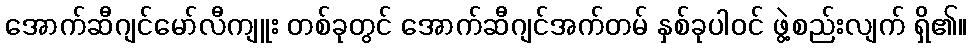
အောက်ဆီဂျင်မော်လီကျူး တစ်ခုတွင် အောက်ဆီဂျင်အက်တမ် နှစ်ခုပါဝင် ဖွဲ့စည်းလျက် ရှိ၏။